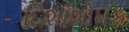
દિશાશોધક